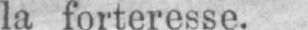
la forteresse.